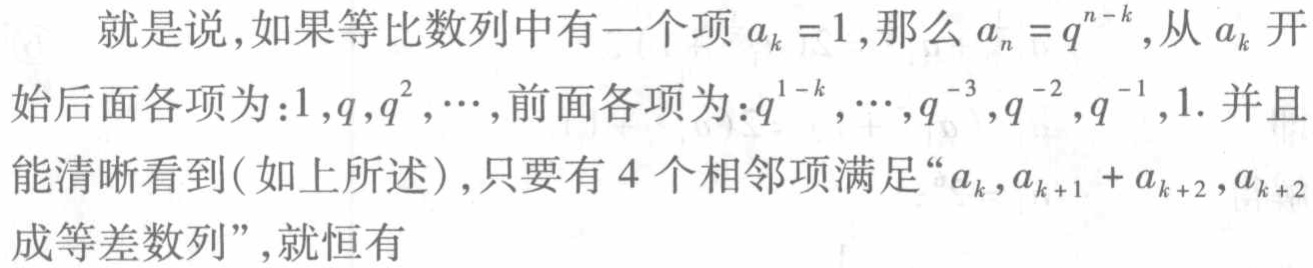
就是说,如果等比数列中有一个项\(a_{k} =1\),那么\(a_{n} =q^{n - k}\),从\(a_{k}\)开始后面各项为：\(1,q,q^{2},\cdots\),前面各项为：\(q^{1 - k},\cdots,q^{-3},q^{-2},q^{-1},1\). 并且能清晰看到(如上所述),只要有\(4\)个相邻项满足“\(a_{k},a_{k + 1}+a_{k + 2},a_{k + 2}\)成等差数列”,就恒有